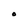
Character: O